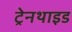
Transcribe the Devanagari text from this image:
ट्रेनथाइड